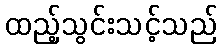
ထည့်သွင်းသင့်သည်